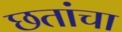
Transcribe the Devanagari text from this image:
छतांचा